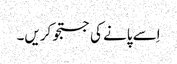
اِسے پانے کی جستجو کریں۔